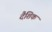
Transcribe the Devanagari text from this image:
दैशिक